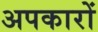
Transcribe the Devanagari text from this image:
अपकारों